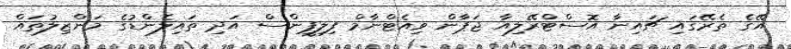
އޭގެ ތެރޭގައި ޗައިނާ އޮސްޓްރޭލިއާ ޖަޕާން ވިއެޓްނާމް ފިލިޕީންސް އަދި ތައިލެންޑުގެ މަންޒިލުތައް